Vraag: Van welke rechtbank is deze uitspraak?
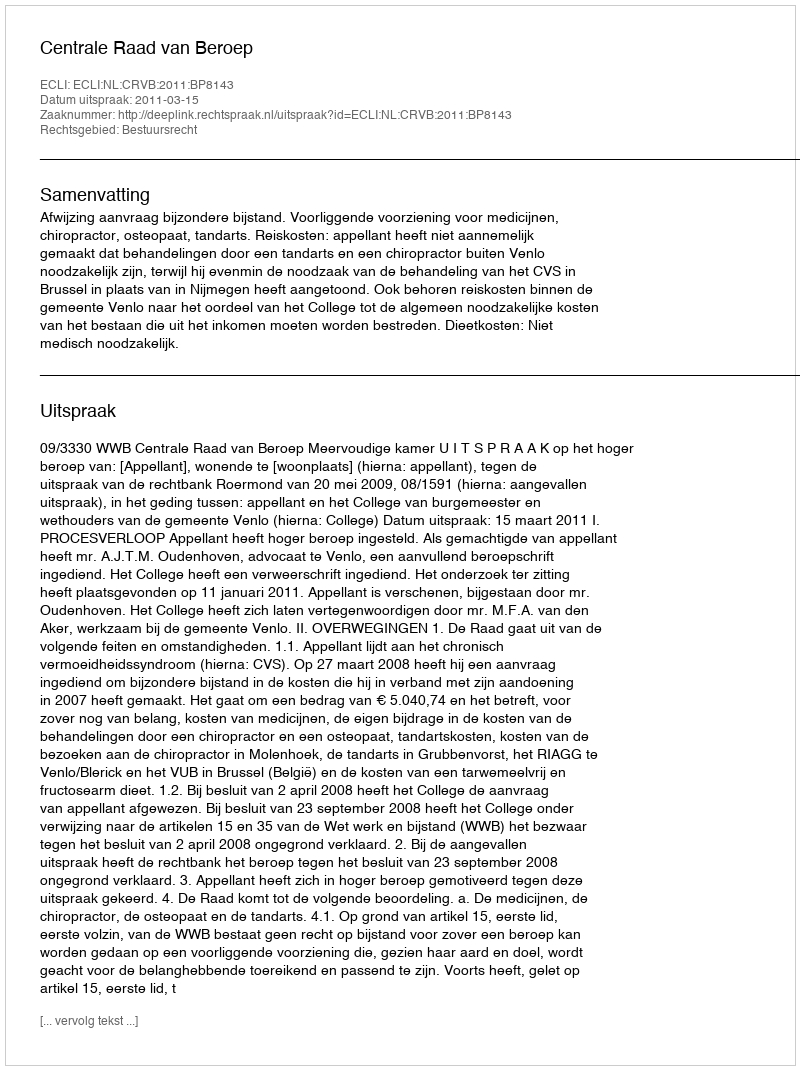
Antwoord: Centrale Raad van Beroep